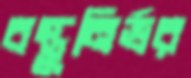
বস্তুনির্ভর